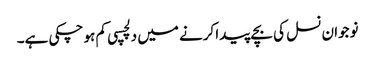
نوجوان نسل کی بچے پیدا کرنے میں دلچسپی کم ہو چکی ہے۔